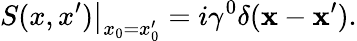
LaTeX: \left.S(x,x^{\prime})\right|_{x_{0}=x_{0}^{\prime}}=i\gamma^{0}\delta({\mathbf x}-{\mathbf x}^{\prime}).